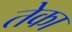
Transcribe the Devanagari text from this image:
तेका